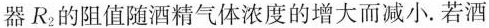
器R_{2}的阻值随酒精气体浓度的增大而减小。若酒